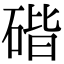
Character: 䃈